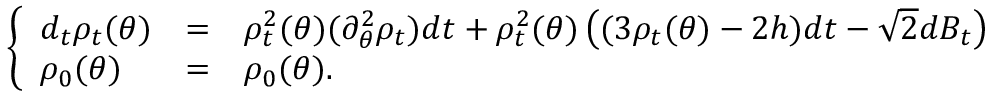
\left\{ \begin{array} { l c l } { d _ { t } \rho _ { t } ( \theta ) } & { = } & { \rho _ { t } ^ { 2 } ( \theta ) ( \partial _ { \theta } ^ { 2 } \rho _ { t } ) d t + \rho _ { t } ^ { 2 } ( \theta ) \left( ( 3 \rho _ { t } ( \theta ) - 2 h ) d t - \sqrt { 2 } d B _ { t } \right) } \\ { \rho _ { 0 } ( \theta ) } & { = } & { \rho _ { 0 } ( \theta ) . } \end{array} \right.